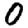
Digit: 0